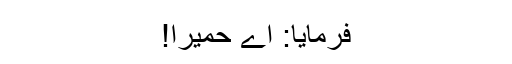
فرمایا: اے حمیرا!